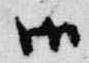
御